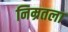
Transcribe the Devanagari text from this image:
निम्रतला